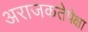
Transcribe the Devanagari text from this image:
अराजकतेपेक्षा